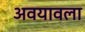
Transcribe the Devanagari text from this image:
अवयावला